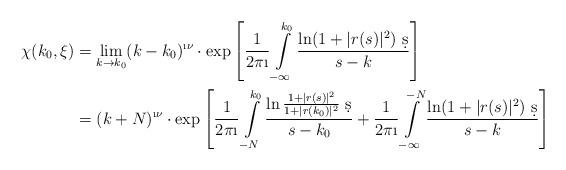
LaTeX: \begin{align*}\chi(k_0,\xi) &=\lim\limits_{k\to k_0}(k-k_0)^{\i\nu}\cdot \exp\left[\frac{1}{2\pi\i}\int\limits_{-\infty}^{k_0}\frac{\ln(1+|r(s)|^2)\ \d s}{s-k}\right]\\&= (k+N)^{\i\nu}\cdot\exp\left[\frac{1}{2\pi\i}\int\limits_{-N}^{k_0}\frac{\ln\frac{1+|r(s)|^2}{1+|r(k_0)|^2}\ \d s}{s-k_0}+\frac{1}{2\pi\i}\int\limits_{-\infty}^{-N}\frac{\ln(1+|r(s)|^2)\ \d s}{s-k}\right]\end{align*}